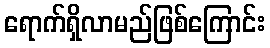
ရောက်ရှိလာမည်ဖြစ်ကြောင်း